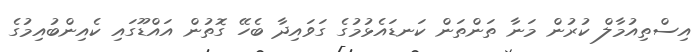
އިސްތިއުމާލް ކުރުން މަނާ ތަންތަން ކަނޑައެޅުމުގެ ގަވައިދާ ބެހޭ ގޮތުން އައްޑޫގައި ކެއިންބުއިމުގެ